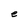
Character: e